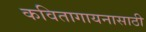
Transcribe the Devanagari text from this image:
कवितागायनासाठी